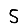
Digit: 5